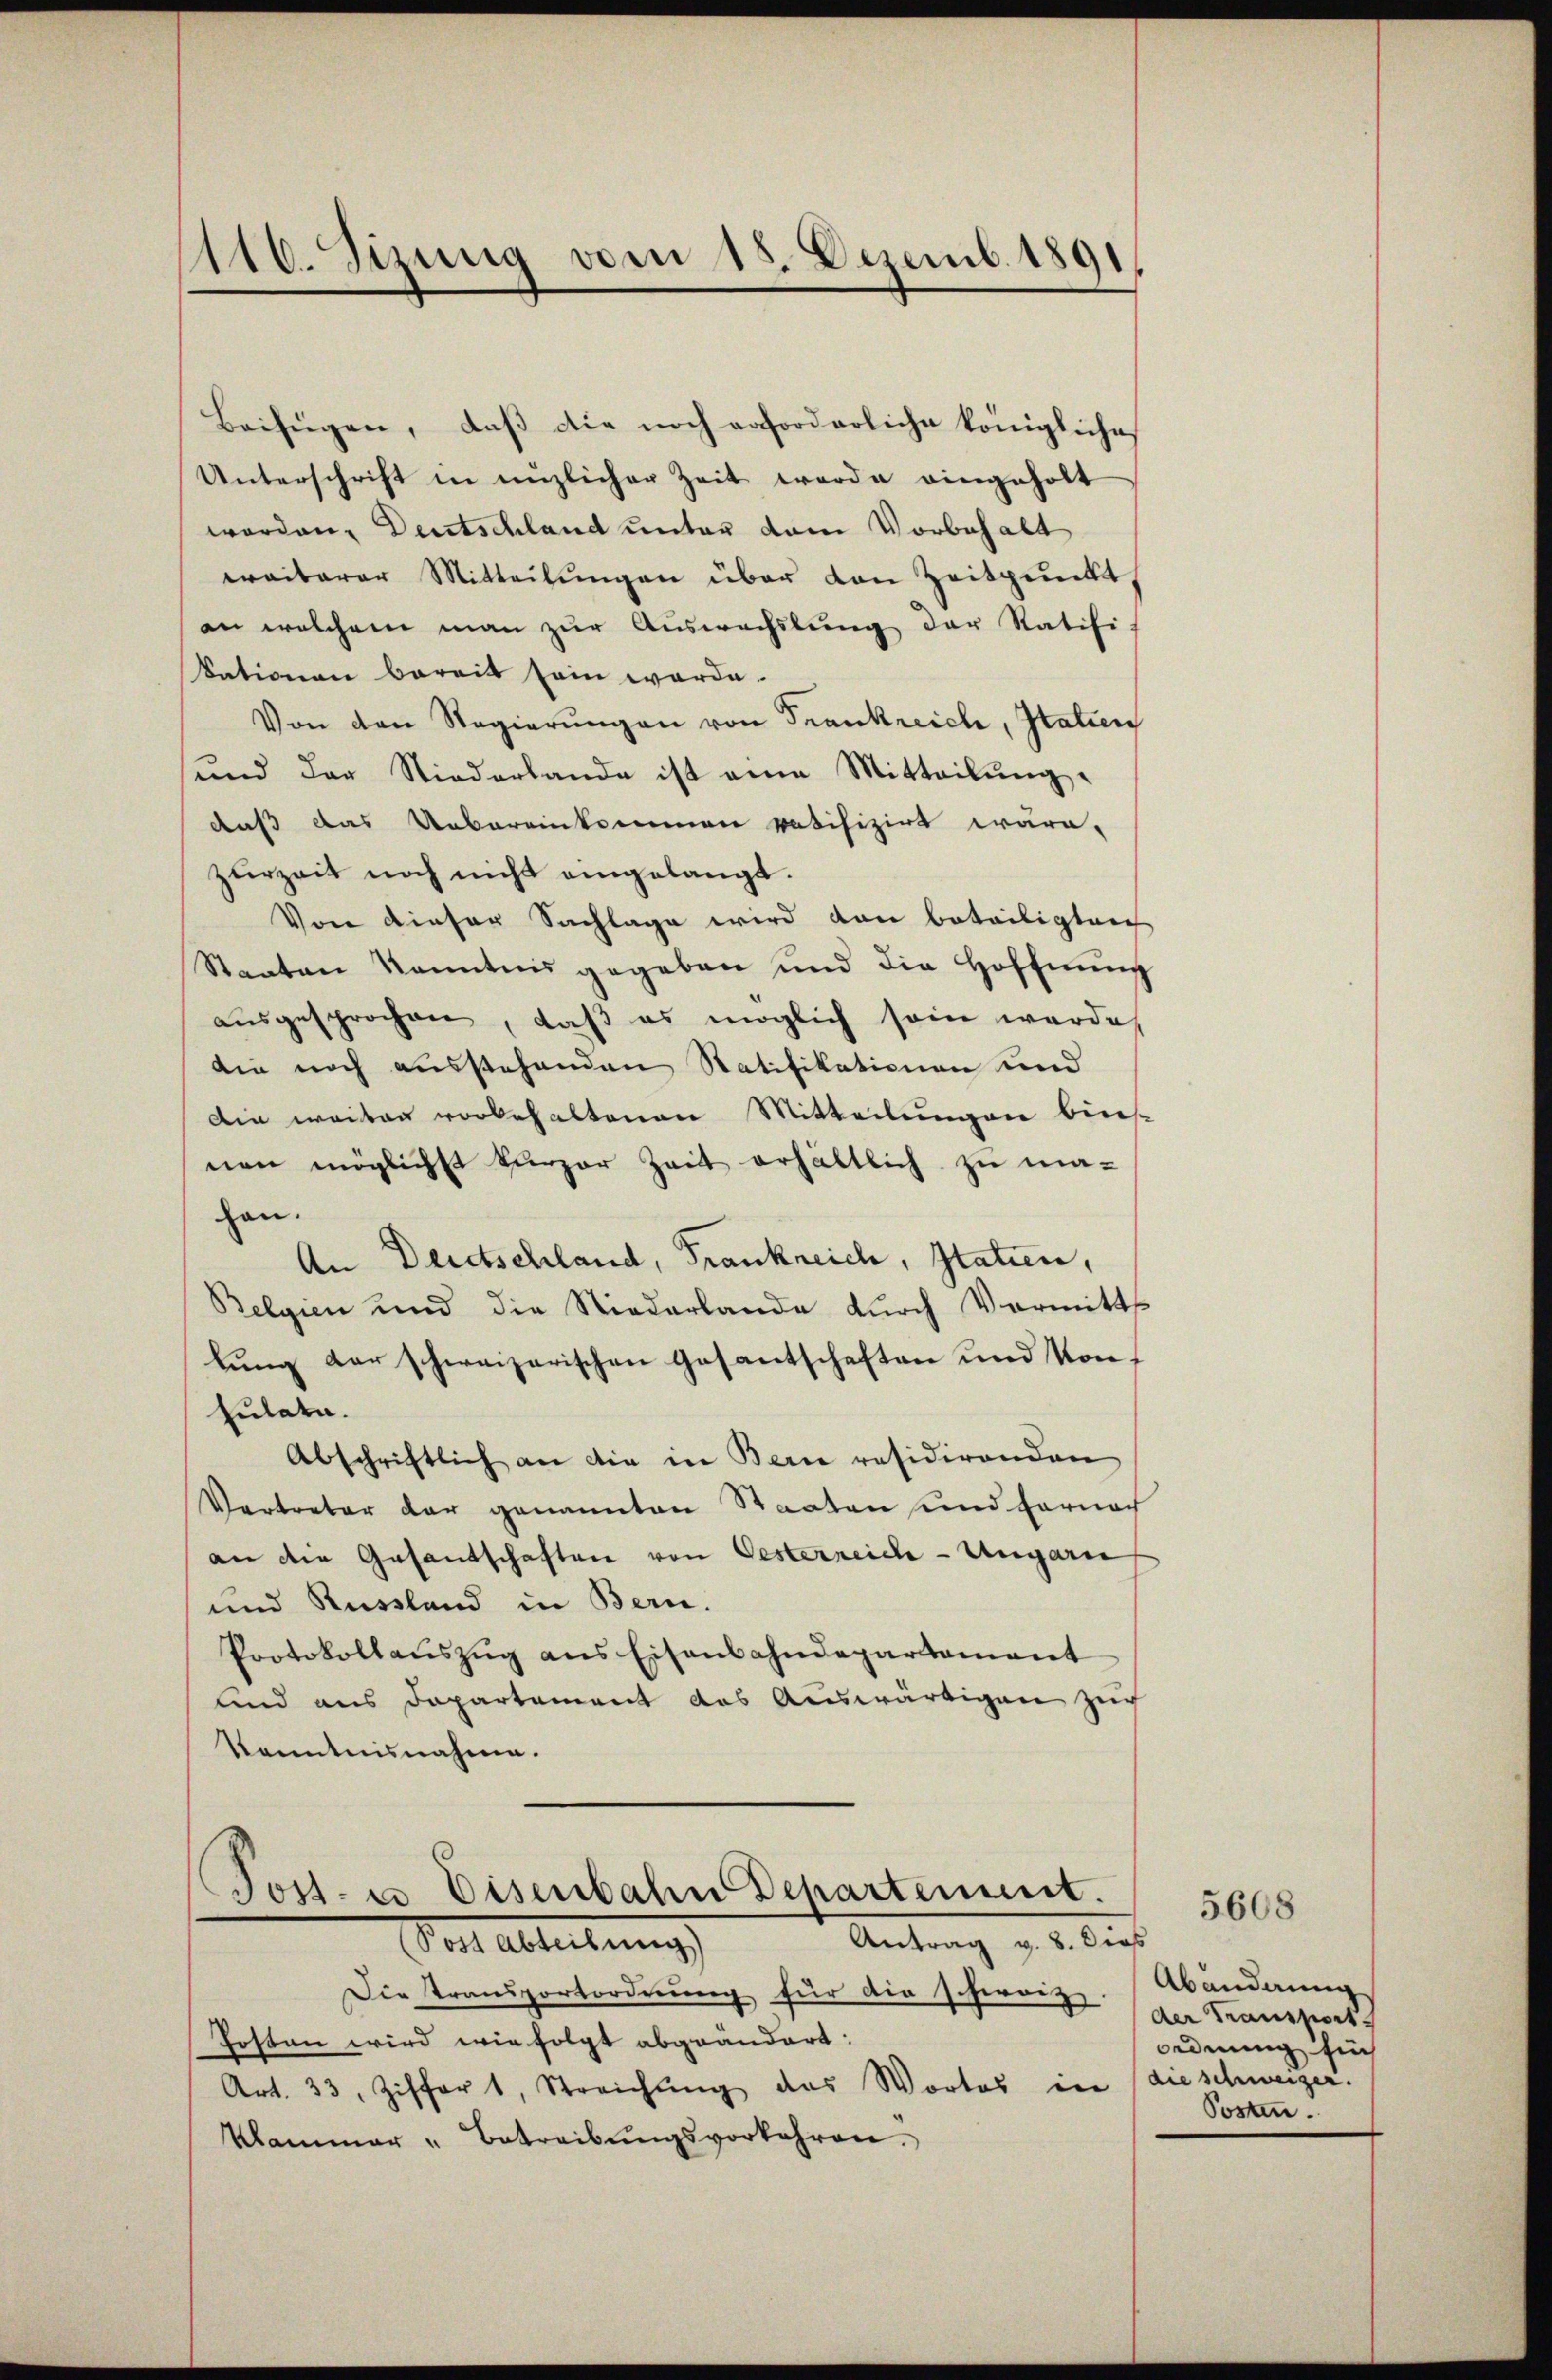
116. Sizung vom 18. Dezemb. 1891

Beifügen, daß die noch erforderliche königliche
Unterschrift in nüzlicher Zeit werde eingeholt
worden, Deutschland unter dem Vorbehalt
weiterer Mitteilŭngen über den Zeitpunkt
an welchem man zur Auswachslung der Ratifi-
kationen bereit sein werde.
Von den Regierŭngen von Frankreich, Italien
und der Niederlande ist eine Mitteilung
daß das Uebereinkommen votifiziert wäre.
zurzeit noch nicht eingelangt.
Von dieser Sachlage wird von beteiligten
Staaten Kenntnis gegeben und die Hoffnŭng
ausgesprochen, daß es möglich sein werde
die noch ausstehenden Statifikationen und
Die weiter vorbehaltenen Mitteilungen bisnen möglichst kurzer Zeit erhältlich zu ma-
han.
An Deutschland, Frankreich, Statien,
Belgien und die Niederlande dŭrch Vermitt
lung der schweizerischen Gesantschaften und Konf
Eulate.
Abschriftlich an die in Berne residirenden
Vertreter dar genannten Staaten und hernach
an die Gesantschaften von Oesterreich-Ungarn
und Russland in Bern.
Protokollaŭszŭg ans Eisenbahndepartament
und aus Departement das Auswärtigen zeich
Kenntnisnahme.

Tost- u Eisenbahn Departement.
Antrag v. 8. de
ort ableitung

Die Transportordnung für die schweiz.
Posten wird wie folgt abgeändert:
Art. 33, Ziffert, Streichŭng das Wortes in
Klammer - Betreibŭngsvorkehren.

ass
Abänderung
der Transport
ordnung sich
die schweizer.
Posten.

5608